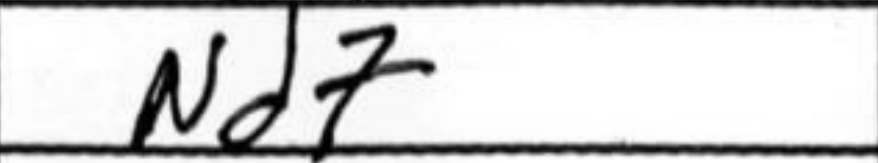
Transcription: Nd7